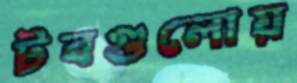
টবগুলোয়